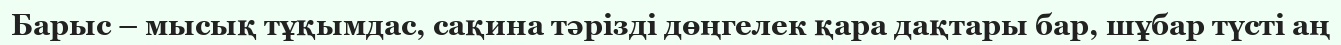
Барыс – мысық тұқымдас, сақина тәрізді дөңгелек қара дақтары бар, шұбар түсті аң